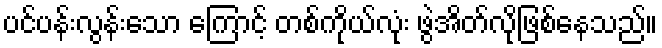
ပင်ပန်းလွန်းသော ကြောင့် တစ်ကိုယ်လုံး ဖွဲအိတ်လိုဖြစ်နေသည်။